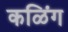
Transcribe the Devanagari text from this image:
कळिंग